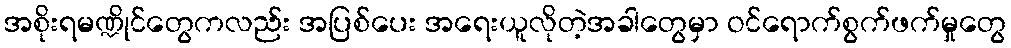
အစိုးရမဏ္ဍိုင်တွေကလည်း အပြစ်ပေး အရေးယူလိုတဲ့အခါတွေမှာ ဝင်ရောက်စွက်ဖက်မှုတွေ